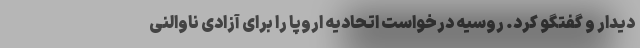
دیدار و گفتگو کرد. روسیه درخواست اتحادیه اروپا را برای آزادی ناوالنی